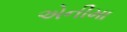
એનીમા